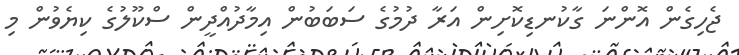
ޖެހިގެން އޮންނަ ގާކުނޑިކޮށިން އަރާ ދުމުގެ ސަބަބުން އިމާދުއްދީން ސްކޫލުގެ ކިޔެވުން މި